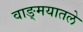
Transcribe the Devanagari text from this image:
वाङ्मयातले